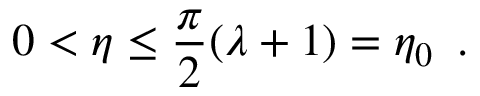
0 < \eta \leq \frac { \pi } { 2 } ( \lambda + 1 ) = \eta _ { 0 } \, \, \, .